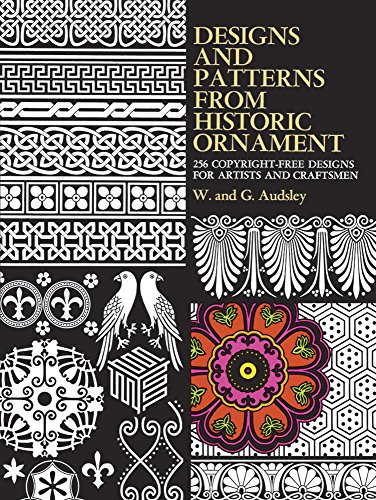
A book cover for Designs and Patterns from Historic Ornament (Dover Pictorial Archive); W. and G. Audsley; Arts & Photography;